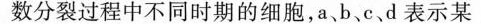
数分裂过程中不同时期的细胞，a、b、c、d表示某